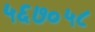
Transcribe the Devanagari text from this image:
५६७०५८